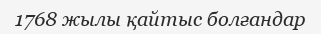
1768 жылы қайтыс болғандар